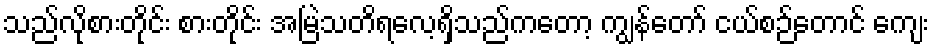
သည်လိုစားတိုင်း စားတိုင်း အမြဲသတိရလေ့ရှိသည်ကတော့ ကျွန်တော် ငယ်စဉ်တောင် ကျေး